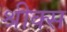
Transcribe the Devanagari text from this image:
श्रीक्स